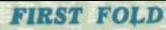
FIRST FOLD